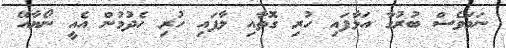
ނަމަވެސް ބުރުގާ އަޅާފައި ހުރި ގޮތާއި ލާފައި ހުރި ހެދުމުން އެއީ ނޯޔާއޭ